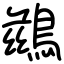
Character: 鷀